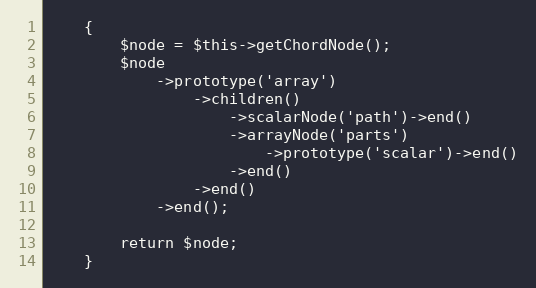
Language: PHP
    {
        $node = $this->getChordNode();
        $node
            ->prototype('array')
                ->children()
                    ->scalarNode('path')->end()
                    ->arrayNode('parts')
                        ->prototype('scalar')->end()
                    ->end()
                ->end()
            ->end();

        return $node;
    }